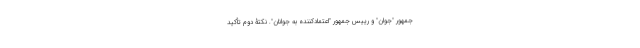
جمهور "جوان" و رییس جمهور "اعتماد‌کننده به جوانان". نکتۀ دوم تأکید